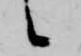
候